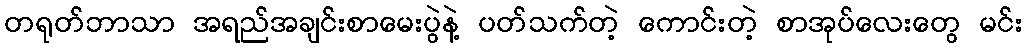
တရုတ်ဘာသာ အရည်အချင်းစာမေးပွဲနဲ့ ပတ်သက်တဲ့ ကောင်းတဲ့ စာအုပ်လေးတွေ မင်း